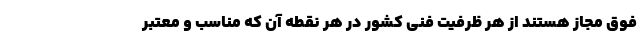
فوق مجاز هستند از هر ظرفیت فنی کشور در هر نقطه آن که مناسب و معتبر